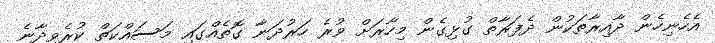
އެހެނިހެން ދާއިރާތަކުން ދެފަރާތް ގުޅިގެން މިހާރަށް ވުރެ ހަރުދަނާ ގޮތެއްގައި މަސައްކަތް ކުރެވިދާނެ